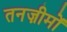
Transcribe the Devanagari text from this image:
तनज़ीमों